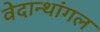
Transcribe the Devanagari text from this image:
वेदान्थांगल